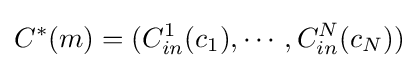
C^{*}(m)=(C_{in}^{1}(c_{1}),\cdots ,C_{in}^{N}(c_{N}))